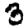
Digit: 3